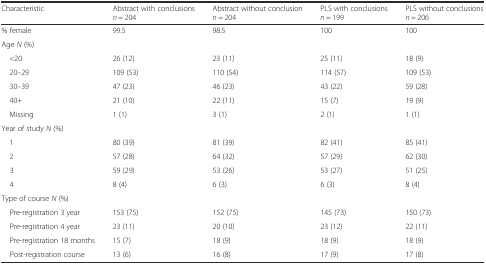
| Characteristic | Abstract with conclusionsn = 204 | Abstract without conclusionn = 204 | PLS with conclusionsn = 199 | PLS without conclusionsn = 206 |
 | --- | --- | --- | --- | --- |
 | % female | 99.5 | 98.5 | 100 | 100 |
 | Age N (%) |  |  |  |  |
 | <20 | 26 (12) | 23 (11) | 25 (11) | 18 (9) |
 | 20–29 | 109 (53) | 110 (54) | 114 (57) | 109 (53) |
 | 30–39 | 47 (23) | 46 (23) | 43 (22) | 59 (28) |
 | 40+ | 21 (10) | 22 (11) | 15 (7) | 19 (9) |
 | Missing | 1 (1) | 3 (1) | 2 (1) | 1 (1) |
 | Year of study N (%) |  |  |  |  |
 | 1 | 80 (39) | 81 (39) | 82 (41) | 85 (41) |
 | 2 | 57 (28) | 64 (32) | 57 (29) | 62 (30) |
 | 3 | 59 (29) | 53 (26) | 53 (27) | 51 (25) |
 | 4 | 8 (4) | 6 (3) | 6 (3) | 8 (4) |
 | Type of course N (%) |  |  |  |  |
 | Pre-registration 3 year | 153 (75) | 152 (75) | 145 (73) | 150 (73) |
 | Pre-registration 4 year | 23 (11) | 20 (10) | 23 (12) | 22 (11) |
 | Pre-registration 18 months | 15 (7) | 18 (9) | 18 (9) | 18 (9) |
 | Post-registration course | 13 (6) | 16 (8) | 17 (9) | 17 (8) |